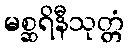
မစ္ဆရိနီသုတ္တံ